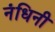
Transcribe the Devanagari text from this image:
नंधिनी